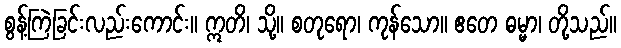
စွန့်ကြဲခြင်းလည်းကောင်း။ ဣတိ၊ သို့။ စတုရော၊ ကုန်သော။ ဧတေ ဓမ္မာ၊ တို့သည်။